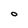
Character: O